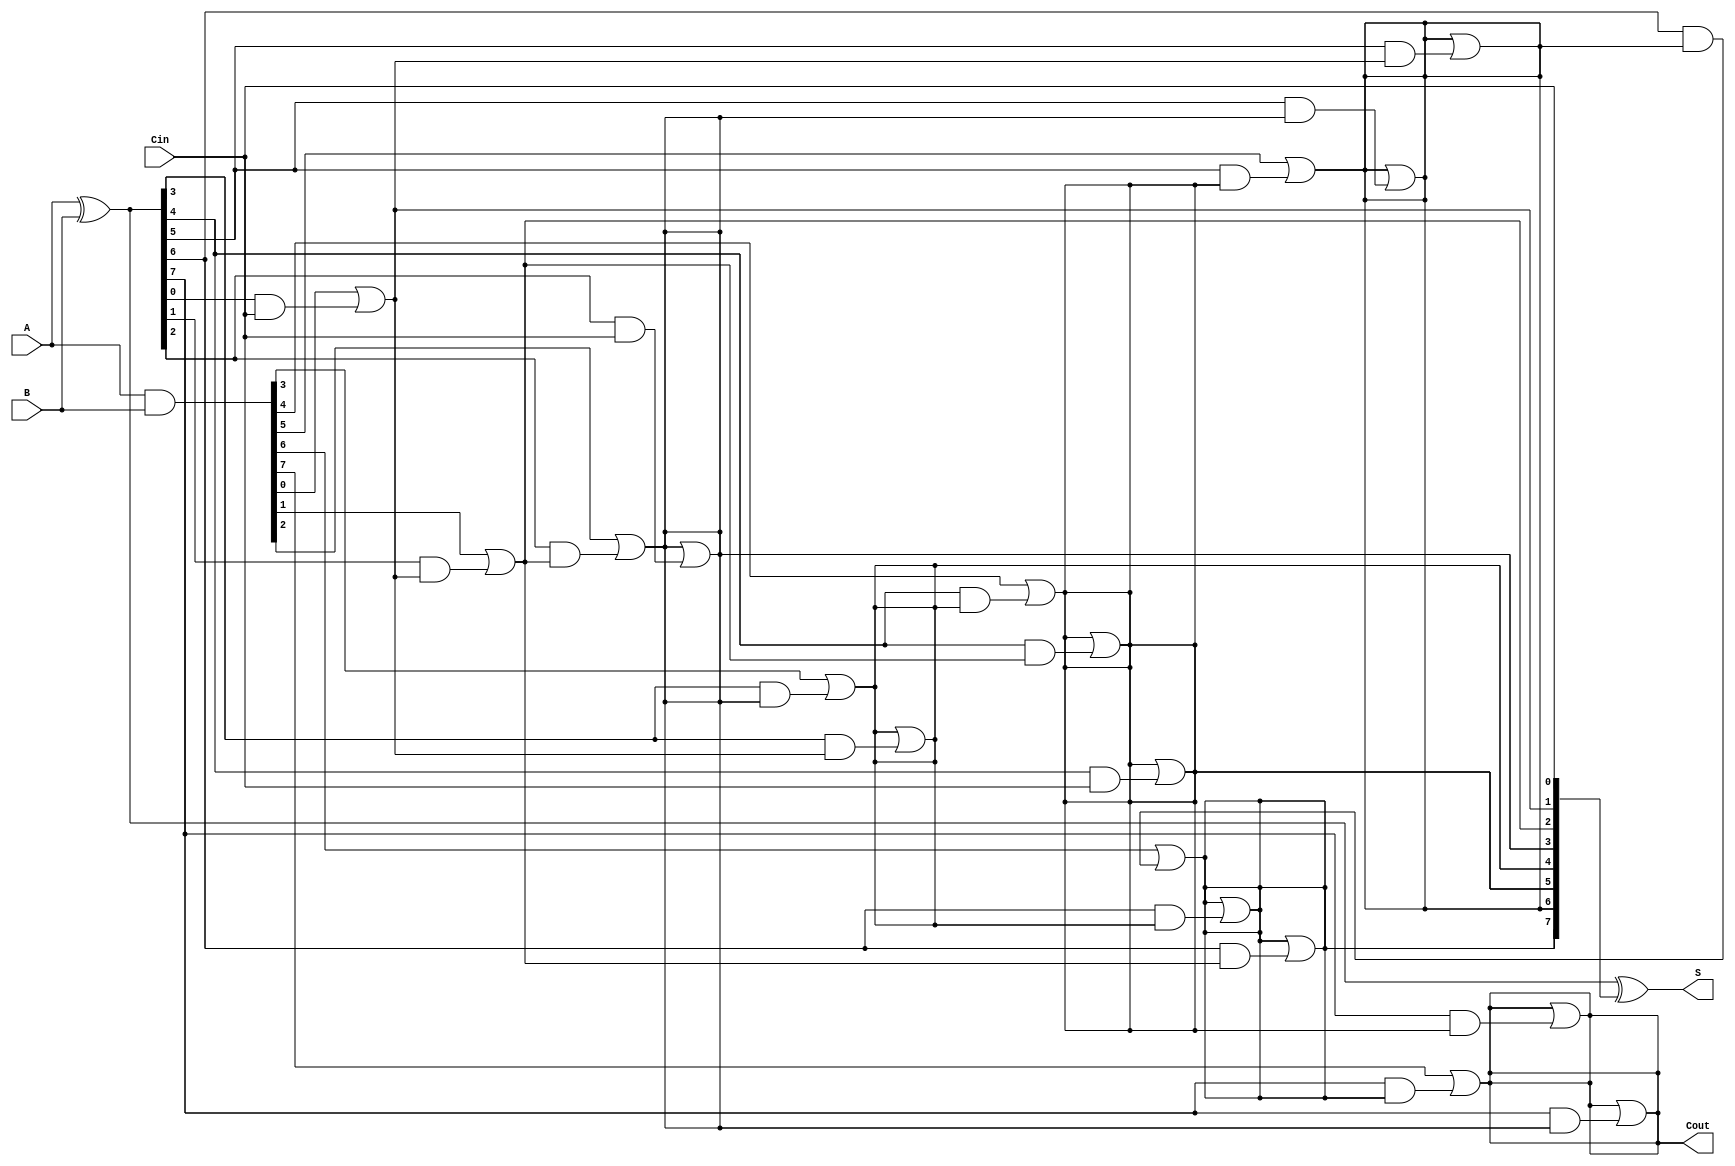
module KoggeStoneAdder #(parameter n = 8) (
    input  [n-1:0] A,      // First operand
    input  [n-1:0] B,      // Second operand
    input          Cin,     // Carry-in
    output [n-1:0] S,      // Sum output
    output         Cout     // Carry-out
);

    wire [n-1:0] P; // Propagate
    wire [n-1:0] G; // Generate
    wire [n:0] C;   // Carry signals

    // Preprocessing Stage: Generate P and G signals
    assign P = A ^ B; // Propagate
    assign G = A & B; // Generate

    // Carry-in initialization
    assign C[0] = Cin;

    // Carry Generation Stage
    genvar i, j, k;
    generate
        for (k = 0; k < n; k = k + 1) begin : carry_generation
            for (i = 0; i < n; i = i + 1) begin : carry_stage
                if (k == 0) begin
                    // First stage, use only G and P
                    assign C[i + 1] = G[i] | (P[i] & C[i]);
                end else begin
                    // Subsequent stages
                    if (i >= (1 << k)) begin
                        assign C[i + 1] = C[i + 1] | (P[i] & C[i - (1 << k)]);
                    end
                end
            end
        end
    endgenerate

    // Final Carry-out
    assign Cout = C[n];

    // Sum Calculation
    assign S = P ^ C[n-1:0]; // S[i] = P[i] XOR C[i]

endmodule